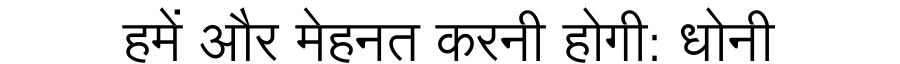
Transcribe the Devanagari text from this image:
हमें और मेहनत करनी होगी: धोनी